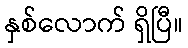
နှစ်လောက် ရှိပြီ။